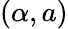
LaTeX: (\alpha,a)